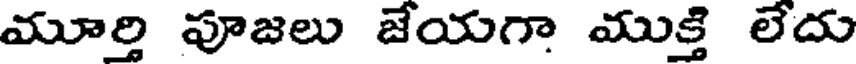
మూర్తి పూజలు జేయగా ముక్తి లేదు